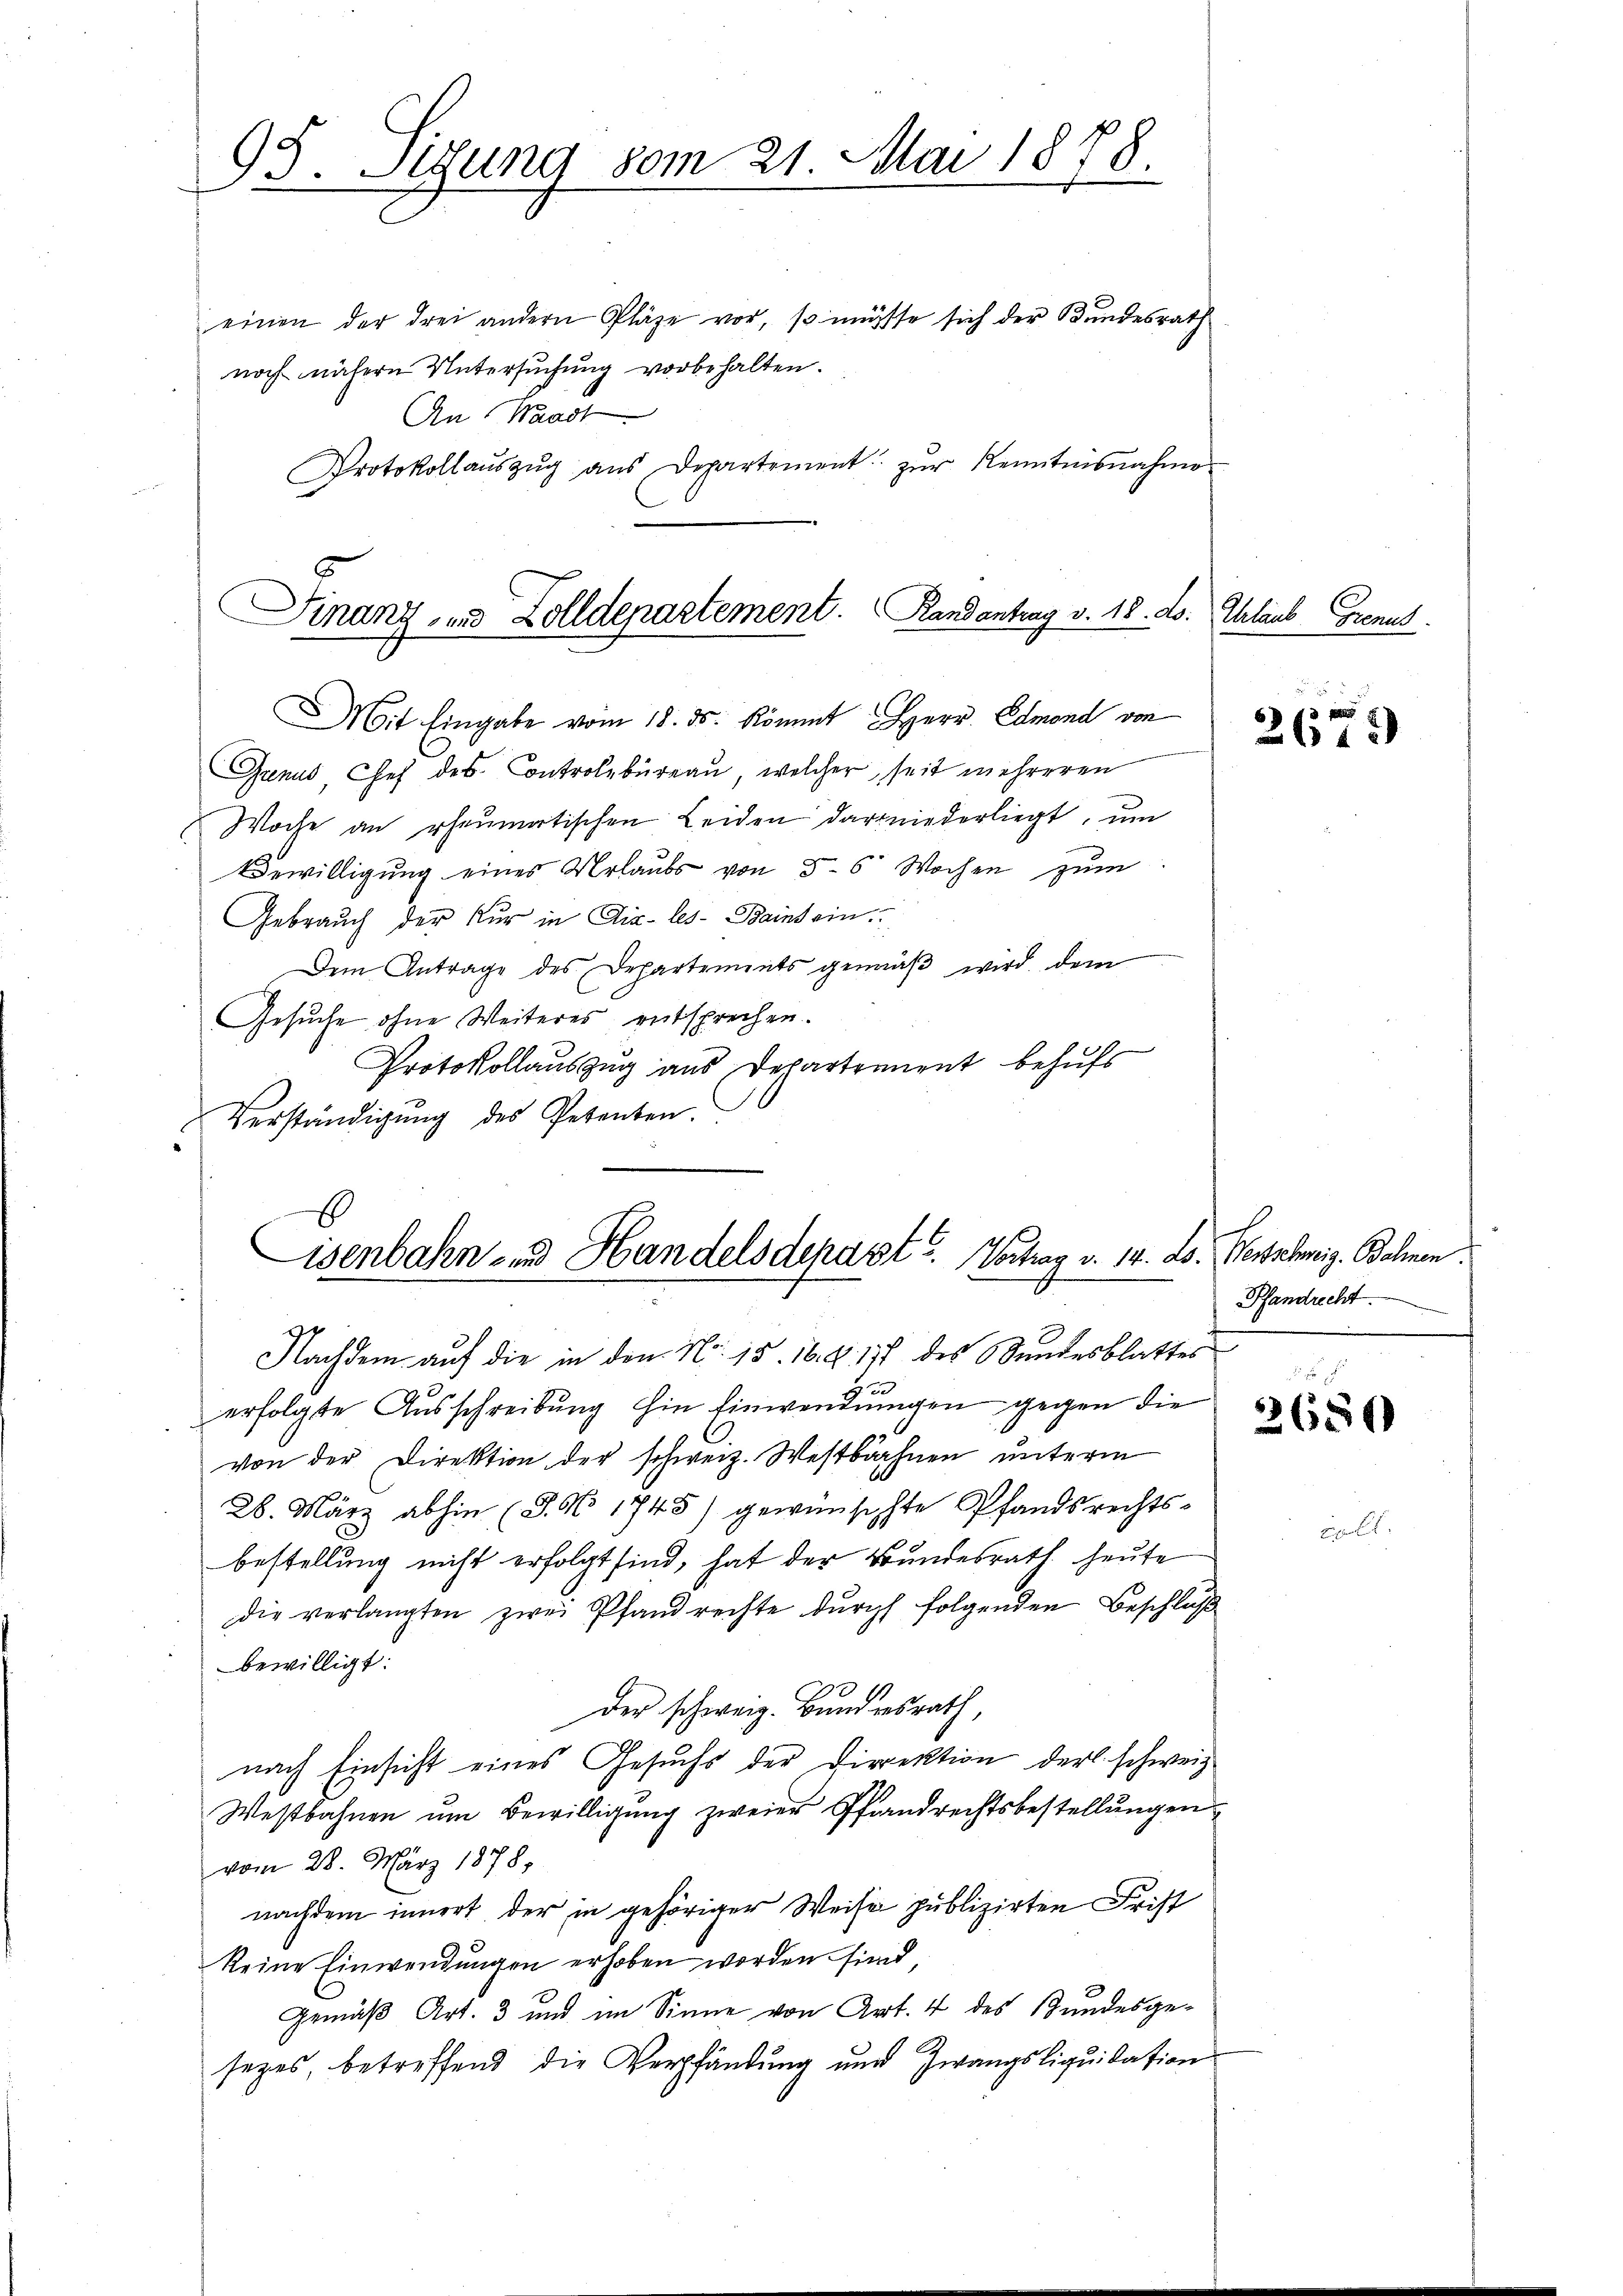
95. Segung 80m 21. Mai 1878.

einen der drei andern Pläge vor, so müsse sich der Bundesrath
noch nähern Untersŭchŭng vorbehalten.
An Waadt
Protokollaŭszŭg aŭs Departement zŭr Kenntnisnahme

Finanz- und Zolldepartement.  Randantrag v. 18. ds. Chrlaub Grenus

isenbahn- und Handelsdepart u. Vortrag v. 14. ds. Genehmig. Balmen.

Mit Eingabe vom 18. ds. Kömmt HHerr Edmond von
Grnus Chef des Controlbureau, welcher, seit mehreren
Woche an rheumatischen Leiden darniederliegt, um
Bewilligung eines Urlaubs von 5-6 Wochen zum
Gebrauch der Nur in Aix-les-Bains ein.
Dem Antrage des Departements gemäβ wird dem
Gesuche ohne Weiteres entsprechen.
Protokollauszug aus Departement behufs
Verständigŭng des Petenten.
Nachdem auf die in den No. 15. 16. 8177 des Bundesblattes
erfolgte Ausschreibung hin Einwendungen gegen die
von der Direktion der schweiz. Westbahnen unterm
28. März abhin (S. 1745) gewünschte Pfandsrechts-
bestellung nicht erfolgt sind, hat der Bundesrath heute
die verlangten zwei Pfandrechte durch folgenden Beschluß
bewilligt:
der schweiz. Bundesrath,
nach Einsicht eines Gesuchs der Direktion der schweiz
Westbahnen um Bewilligung zweier Pfandrechtsbestellungen
vom 28. März 1878,
nachdem innert, der in gehöriger Weise publizirten Frist
keine Einwendungen erhoben worden sind
Gemäß Art. 3 und im Sinne von Art. 4 des Bundesge¬
2
sezes, betreffend die Verpfändung und Zwangsliquidation

2679

Pfandrecht.
d

2650